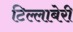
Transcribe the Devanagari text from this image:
टिल्लाबेरी